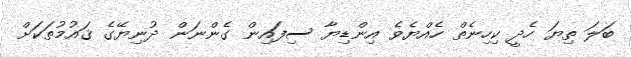
ބަލަ ތިޔަ ހެދީ ކިހިނެތް ހެއްޔެވެ އިންޑިޔާ ސިފައިން ގެންނަން ދުނިޔޭގެ ޤައުމުތަކަށް